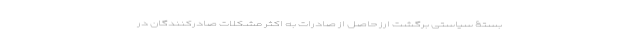
بستۀ سیاستی برگشت ارز حاصل از صادرات به اکثر مشکلات صادرکنندگان در